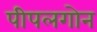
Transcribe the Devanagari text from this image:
पीपलगोन